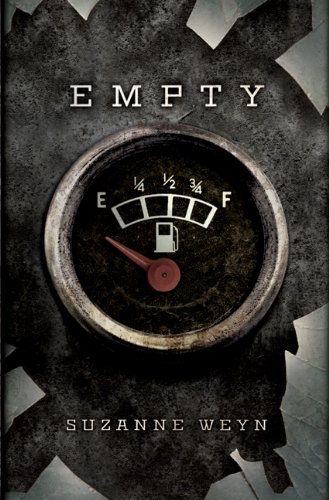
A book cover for Empty; Suzanne Weyn; Teen & Young Adult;